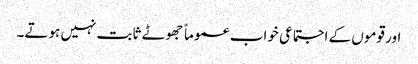
اور قوموں کے اجتماعی خواب عموماً جھوٹے ثابت نہیں ہوتے۔